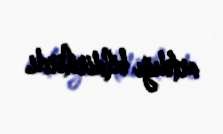
artdığı bildirilirdi.